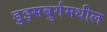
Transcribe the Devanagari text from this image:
डुइसबुर्गमधील